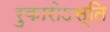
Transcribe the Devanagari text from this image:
रुकारोऽस्ति